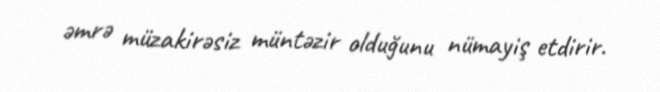
əmrə müzakirəsiz müntəzir olduğunu nümayiş etdirir.